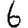
Digit: 6